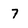
Character: 7